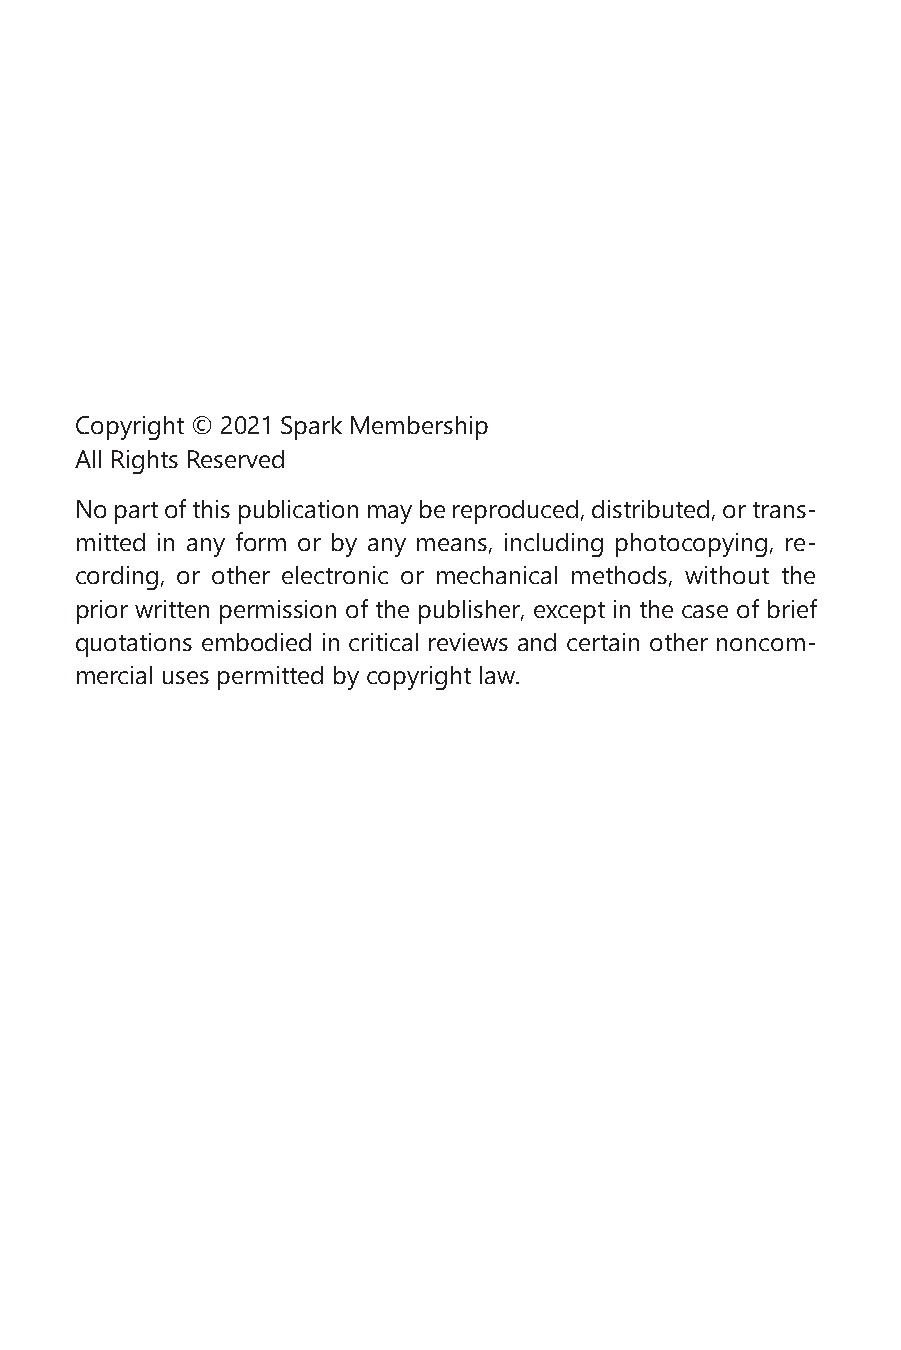
Copyright © 2021 Spark Membership
 All Rights Reserved
 No part of this publication may be reproduced, distributed, or trans-
 mitted in any form or by any means, including photocopying, re-
 cording, or other electronic or mechanical methods, without the
 prior written permission of the publisher, except in the case of brief
 quotations embodied in critical reviews and certain other noncom-
 mercial uses permitted by copyright law.